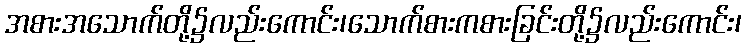
အစားအသောက်တို့၌လည်းကောင်း၊သောက်စားကစားခြင်းတို့၌လည်းကောင်း၊